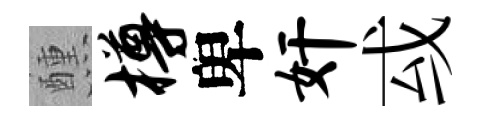
醺樽卑奸㦯